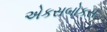
એકસબોકસ